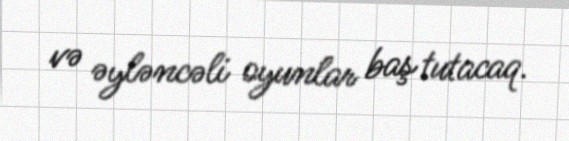
və əyləncəli oyunlar baş tutacaq.